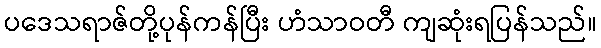
ပဒေသရာဇ်တို့ပုန်ကန်ပြီး ဟံသာဝတီ ကျဆုံးရပြန်သည်။